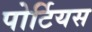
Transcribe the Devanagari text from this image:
पोर्टियस